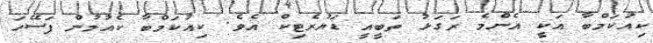
ކިއުކަމްބާ އަކީ އެންމެ ރަގަޅު ތަބީއީ ޑަޔުރެޓިކް އެވެ. ކިއުކަމްބާ ކެއުމުން ފަސޭހަ